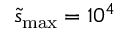
\tilde { s } _ { \mathrm { m a x } } = 1 0 ^ { 4 }